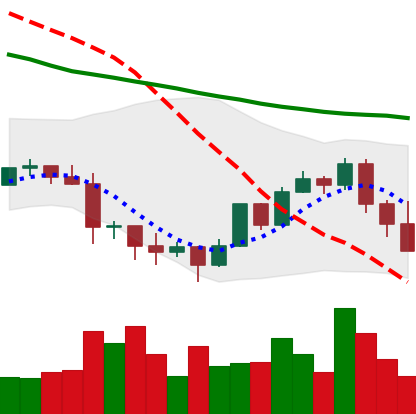
Ticker: LTC-USD
Chart end date: 2022-01-20
Forward return: -17.105%
Label: down_7plus